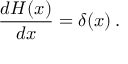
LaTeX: { \frac { d H ( x ) } { d x } } = \delta ( x ) \, .